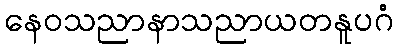
နေဝသညာနာသညာယတနူပဂံ